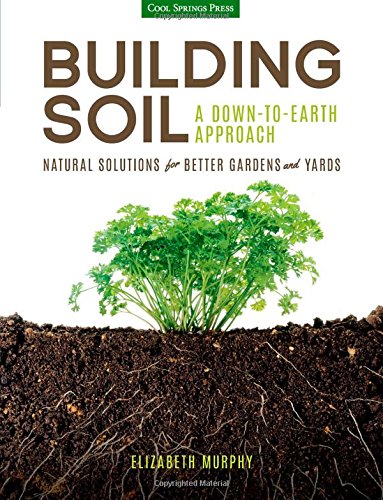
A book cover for Building Soil: A Down-to-Earth Approach: Natural Solutions for Better Gardens & Yards; Elizabeth Murphy; Crafts, Hobbies & Home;